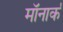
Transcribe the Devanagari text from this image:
मॉनार्क